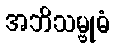
အဘိသမ္ဗုဓံ